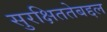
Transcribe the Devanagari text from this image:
सुरक्षिततेबद्दल